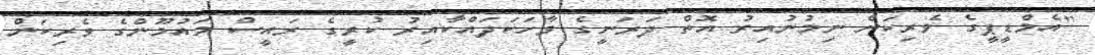
"އެމްޑީޕީގެ ވެރިކަން ނިމުނުއިރު އޮތް ދަރަނީގެ ވާހަކަދައްކާއިރު ކުރީގެ ރައީސް މައުމޫންގެ ވެރިކަން